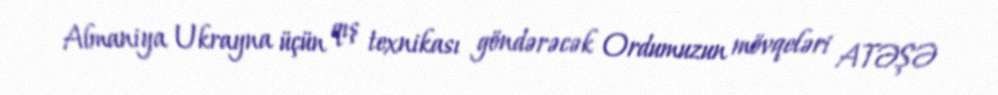
Almaniya Ukrayna üçün qış texnikası göndərəcək Ordumuzun mövqeləri ATƏŞƏ